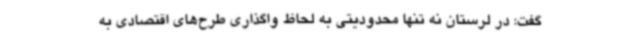
گفت: در لرستان نه تنها محدودیتی به لحاظ واگذاری طرح‌های اقتصادی به